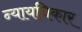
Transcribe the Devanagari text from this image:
न्यायधिकार